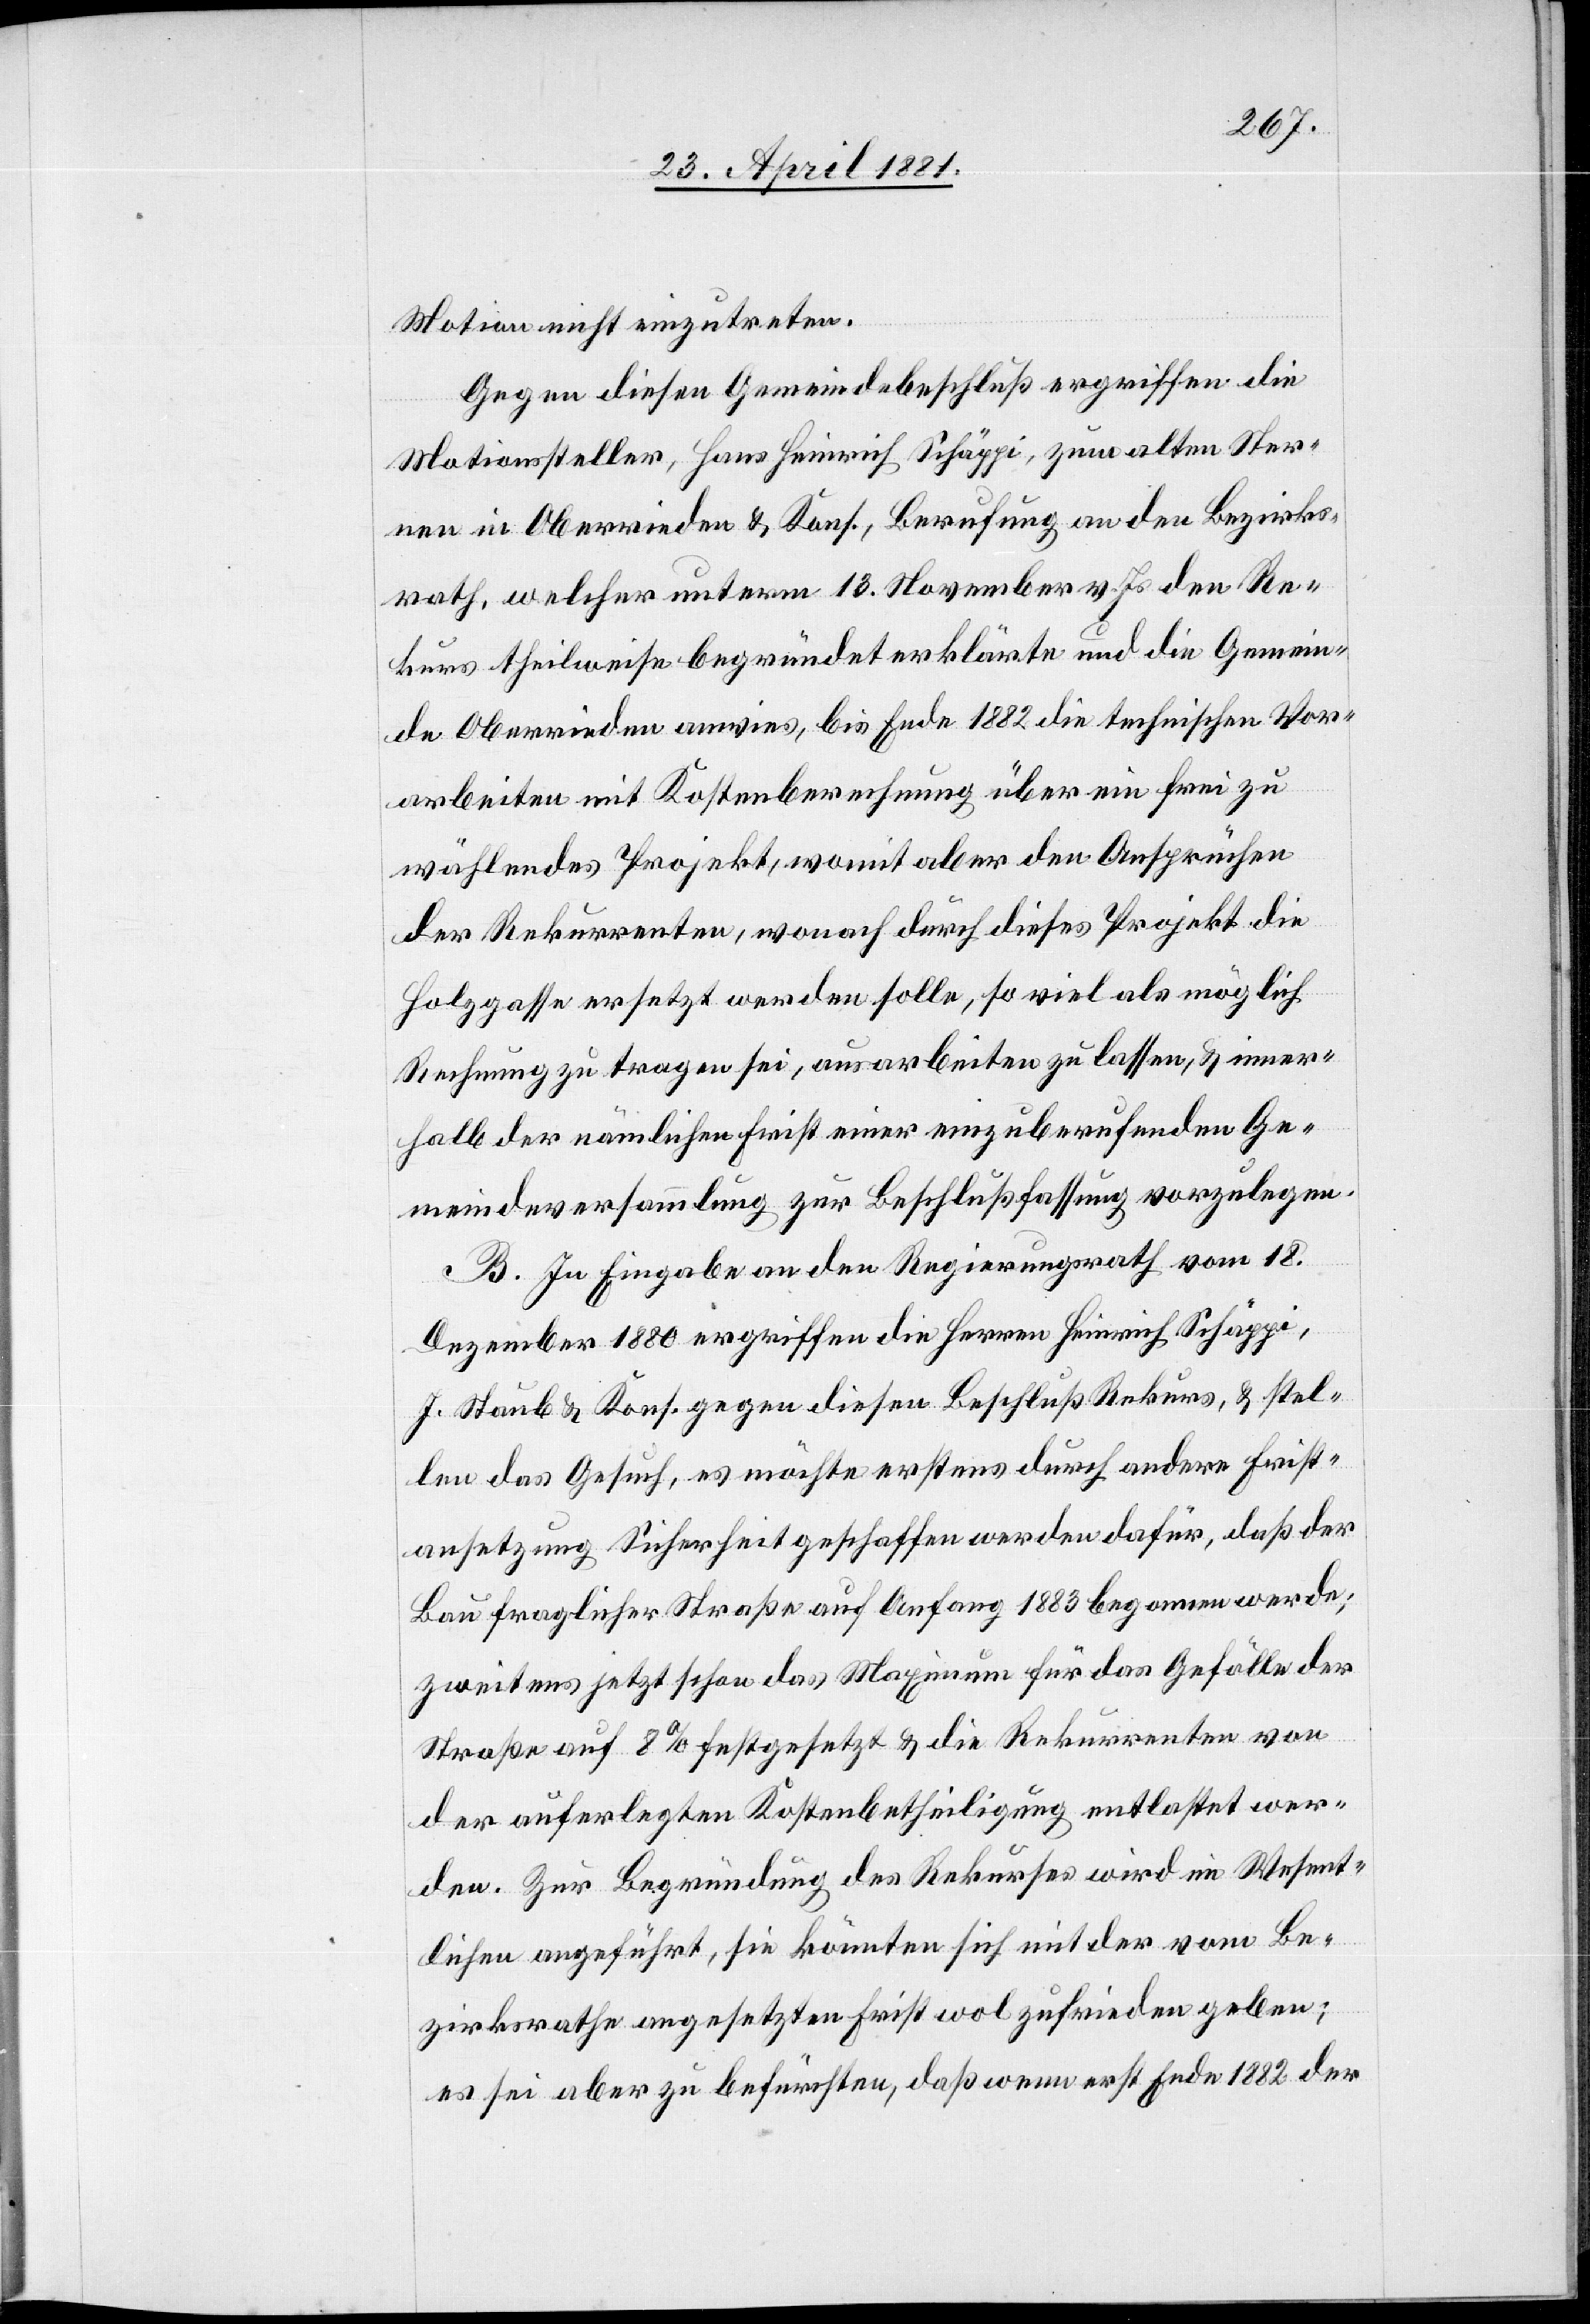
Motion nicht einzutreten.
Gegen diesen Gemeindebeschluß ergriffen die
Motionssteller, Hans Heinrich Schäppi, zum alten Ster¬
nen in Oberrieden & Kons., Berufung an den Bezirks¬
rath, welcher unterm 13. November v. Js. den Re¬
kurs theilweise begründet erklärte und die Gemein¬
de Oberrieden anwies, bis Ende 1882 die technischen Vor¬
arbeiten mit Kostenberechnung über ein frei zu
wählendes Projekt, womit aber den Ansprüchen
der Rekurrenten, wonach durch dieses Projekt die
Holzgasse ersetzt werden solle, so viel als möglich
Rechnung zu tragen sei, ausarbeiten zu lassen, & inner¬
halb der nämlichen Frist einer einzuberufenden Ge¬
meindeversammlung zur Beschlußfassung vorzulegen.
B. In Eingabe an den Regierungsrath vom 18.
Dezember 1880 ergriffen die Herren Heinrich Schäppi,
J. Staub & Kons. gegen diesen Beschluß Rekurs, & stel¬
len das Gesuch, es möchte erstens durch andere Frist¬
ansetzung Sicherheit geschaffen werden dafür, daß der
Bau fraglicher Straße auf Anfang 1883 begonnen werde;
zweitens jetzt schon das Maximum für das Gefälle der
Straße auf 8% festgesetzt & die Rekurrenten von
der auferlegten Kostenbetheiligung entlastet wer¬
den. Zur Begründung des Rekurses wird im Wesent¬
lichen angeführt, sie könnten sich mit der vom Be¬
zirksrathe angesetzten Frist wol zufrieden geben;
es sei aber zu befürchten, daß wenn erst Ende 1882 der